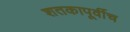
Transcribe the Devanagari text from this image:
शतकापूर्वीच